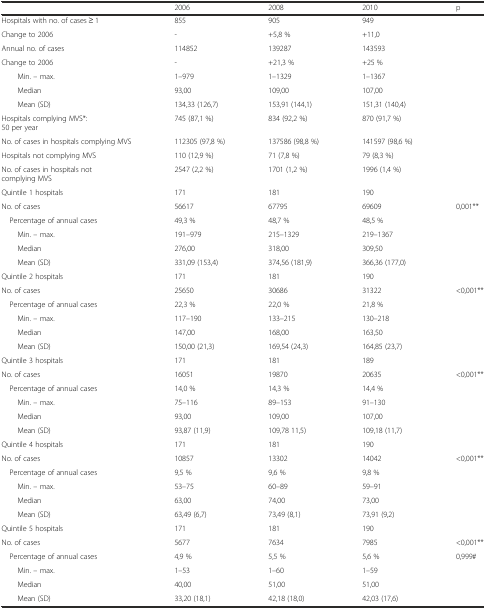
<table><thead><tr><td></td><td><b>2006</b></td><td><b>2008</b></td><td><b>2010</b></td><td><b>p</b></td></tr></thead><tbody><tr><td>Hospitals with no. of cases ≥ 1</td><td>855</td><td>905</td><td>949</td><td></td></tr><tr><td>Change to 2006</td><td>-</td><td>+5,8 %</td><td>+11,0</td><td></td></tr><tr><td>Annual no. of cases</td><td>114852</td><td>139287</td><td>143593</td><td></td></tr><tr><td>Change to 2006</td><td>-</td><td>+21,3 %</td><td>+25 %</td><td></td></tr><tr><td>Min. – max.</td><td>1–979</td><td>1–1329</td><td>1–1367</td><td></td></tr><tr><td>Median</td><td>93,00</td><td>109,00</td><td>107,00</td><td></td></tr><tr><td>Mean (SD)</td><td>134,33 (126,7)</td><td>153,91 (144,1)</td><td>151,31 (140,4)</td><td></td></tr><tr><td>Hospitals complying MVS*: 50 per year</td><td>745 (87,1 %)</td><td>834 (92,2 %)</td><td>870 (91,7 %)</td><td></td></tr><tr><td>No. of cases in hospitals complying MVS</td><td>112305 (97,8 %)</td><td>137586 (98,8 %)</td><td>141597 (98,6 %)</td><td></td></tr><tr><td>Hospitals not complying MVS</td><td>110 (12,9 %)</td><td>71 (7,8 %)</td><td>79 (8,3 %)</td><td></td></tr><tr><td>No. of cases in hospitals not complying MVS</td><td>2547 (2,2 %)</td><td>1701 (1,2 %)</td><td>1996 (1,4 %)</td><td></td></tr><tr><td>Quintile 1 hospitals</td><td>171</td><td>181</td><td>190</td><td></td></tr><tr><td>No. of cases</td><td>56617</td><td>67795</td><td>69609</td><td>0,001**</td></tr><tr><td> Percentage of annual cases</td><td>49,3 %</td><td>48,7 %</td><td>48,5 %</td><td></td></tr><tr><td>Min. – max.</td><td>191–979</td><td>215–1329</td><td>219–1367</td><td></td></tr><tr><td>Median</td><td>276,00</td><td>318,00</td><td>309,50</td><td></td></tr><tr><td>Mean (SD)</td><td>331,09 (153,4)</td><td>374,56 (181,9)</td><td>366,36 (177,0)</td><td></td></tr><tr><td>Quintile 2 hospitals</td><td>171</td><td>181</td><td>190</td><td></td></tr><tr><td>No. of cases</td><td>25650</td><td>30686</td><td>31322</td><td>&lt;0,001**</td></tr><tr><td> Percentage of annual cases</td><td>22,3 %</td><td>22,0 %</td><td>21,8 %</td><td></td></tr><tr><td>Min. – max.</td><td>117–190</td><td>133–215</td><td>130–218</td><td></td></tr><tr><td>Median</td><td>147,00</td><td>168,00</td><td>163,50</td><td></td></tr><tr><td>Mean (SD)</td><td>150,00 (21,3)</td><td>169,54 (24,3)</td><td>164,85 (23,7)</td><td></td></tr><tr><td>Quintile 3 hospitals</td><td>171</td><td>181</td><td>189</td><td></td></tr><tr><td>No. of cases</td><td>16051</td><td>19870</td><td>20635</td><td>&lt;0,001**</td></tr><tr><td> Percentage of annual cases</td><td>14,0 %</td><td>14,3 %</td><td>14,4 %</td><td></td></tr><tr><td>Min. – max.</td><td>75–116</td><td>89–153</td><td>91–130</td><td></td></tr><tr><td>Median</td><td>93,00</td><td>109,00</td><td>107,00</td><td></td></tr><tr><td>Mean (SD)</td><td>93,87 (11,9)</td><td>109,78 11,5)</td><td>109,18 (11,7)</td><td></td></tr><tr><td>Quintile 4 hospitals</td><td>171</td><td>181</td><td>190</td><td></td></tr><tr><td>No. of cases</td><td>10857</td><td>13302</td><td>14042</td><td>&lt;0,001**</td></tr><tr><td> Percentage of annual cases</td><td>9,5 %</td><td>9,6 %</td><td>9,8 %</td><td></td></tr><tr><td>Min. – max.</td><td>53–75</td><td>60–89</td><td>59–91</td><td></td></tr><tr><td>Median</td><td>63,00</td><td>74,00</td><td>73,00</td><td></td></tr><tr><td>Mean (SD)</td><td>63,49 (6,7)</td><td>73,49 (8,1)</td><td>73,91 (9,2)</td><td></td></tr><tr><td>Quintile 5 hospitals</td><td>171</td><td>181</td><td>190</td><td></td></tr><tr><td>No. of cases</td><td>5677</td><td>7634</td><td>7985</td><td>&lt;0,001**</td></tr><tr><td> Percentage of annual cases</td><td>4,9 %</td><td>5,5 %</td><td>5,6 %</td><td>0,999#</td></tr><tr><td>Min. – max.</td><td>1–53</td><td>1–60</td><td>1–59</td><td></td></tr><tr><td>Median</td><td>40,00</td><td>51,00</td><td>51,00</td><td></td></tr><tr><td>Mean (SD)</td><td>33,20 (18,1)</td><td>42,18 (18,0)</td><td>42,03 (17,6)</td><td></td></tr></tbody></table>